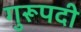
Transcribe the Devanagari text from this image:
गुरूपदी